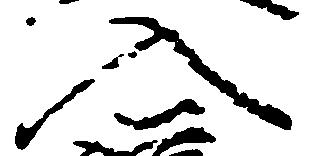
入